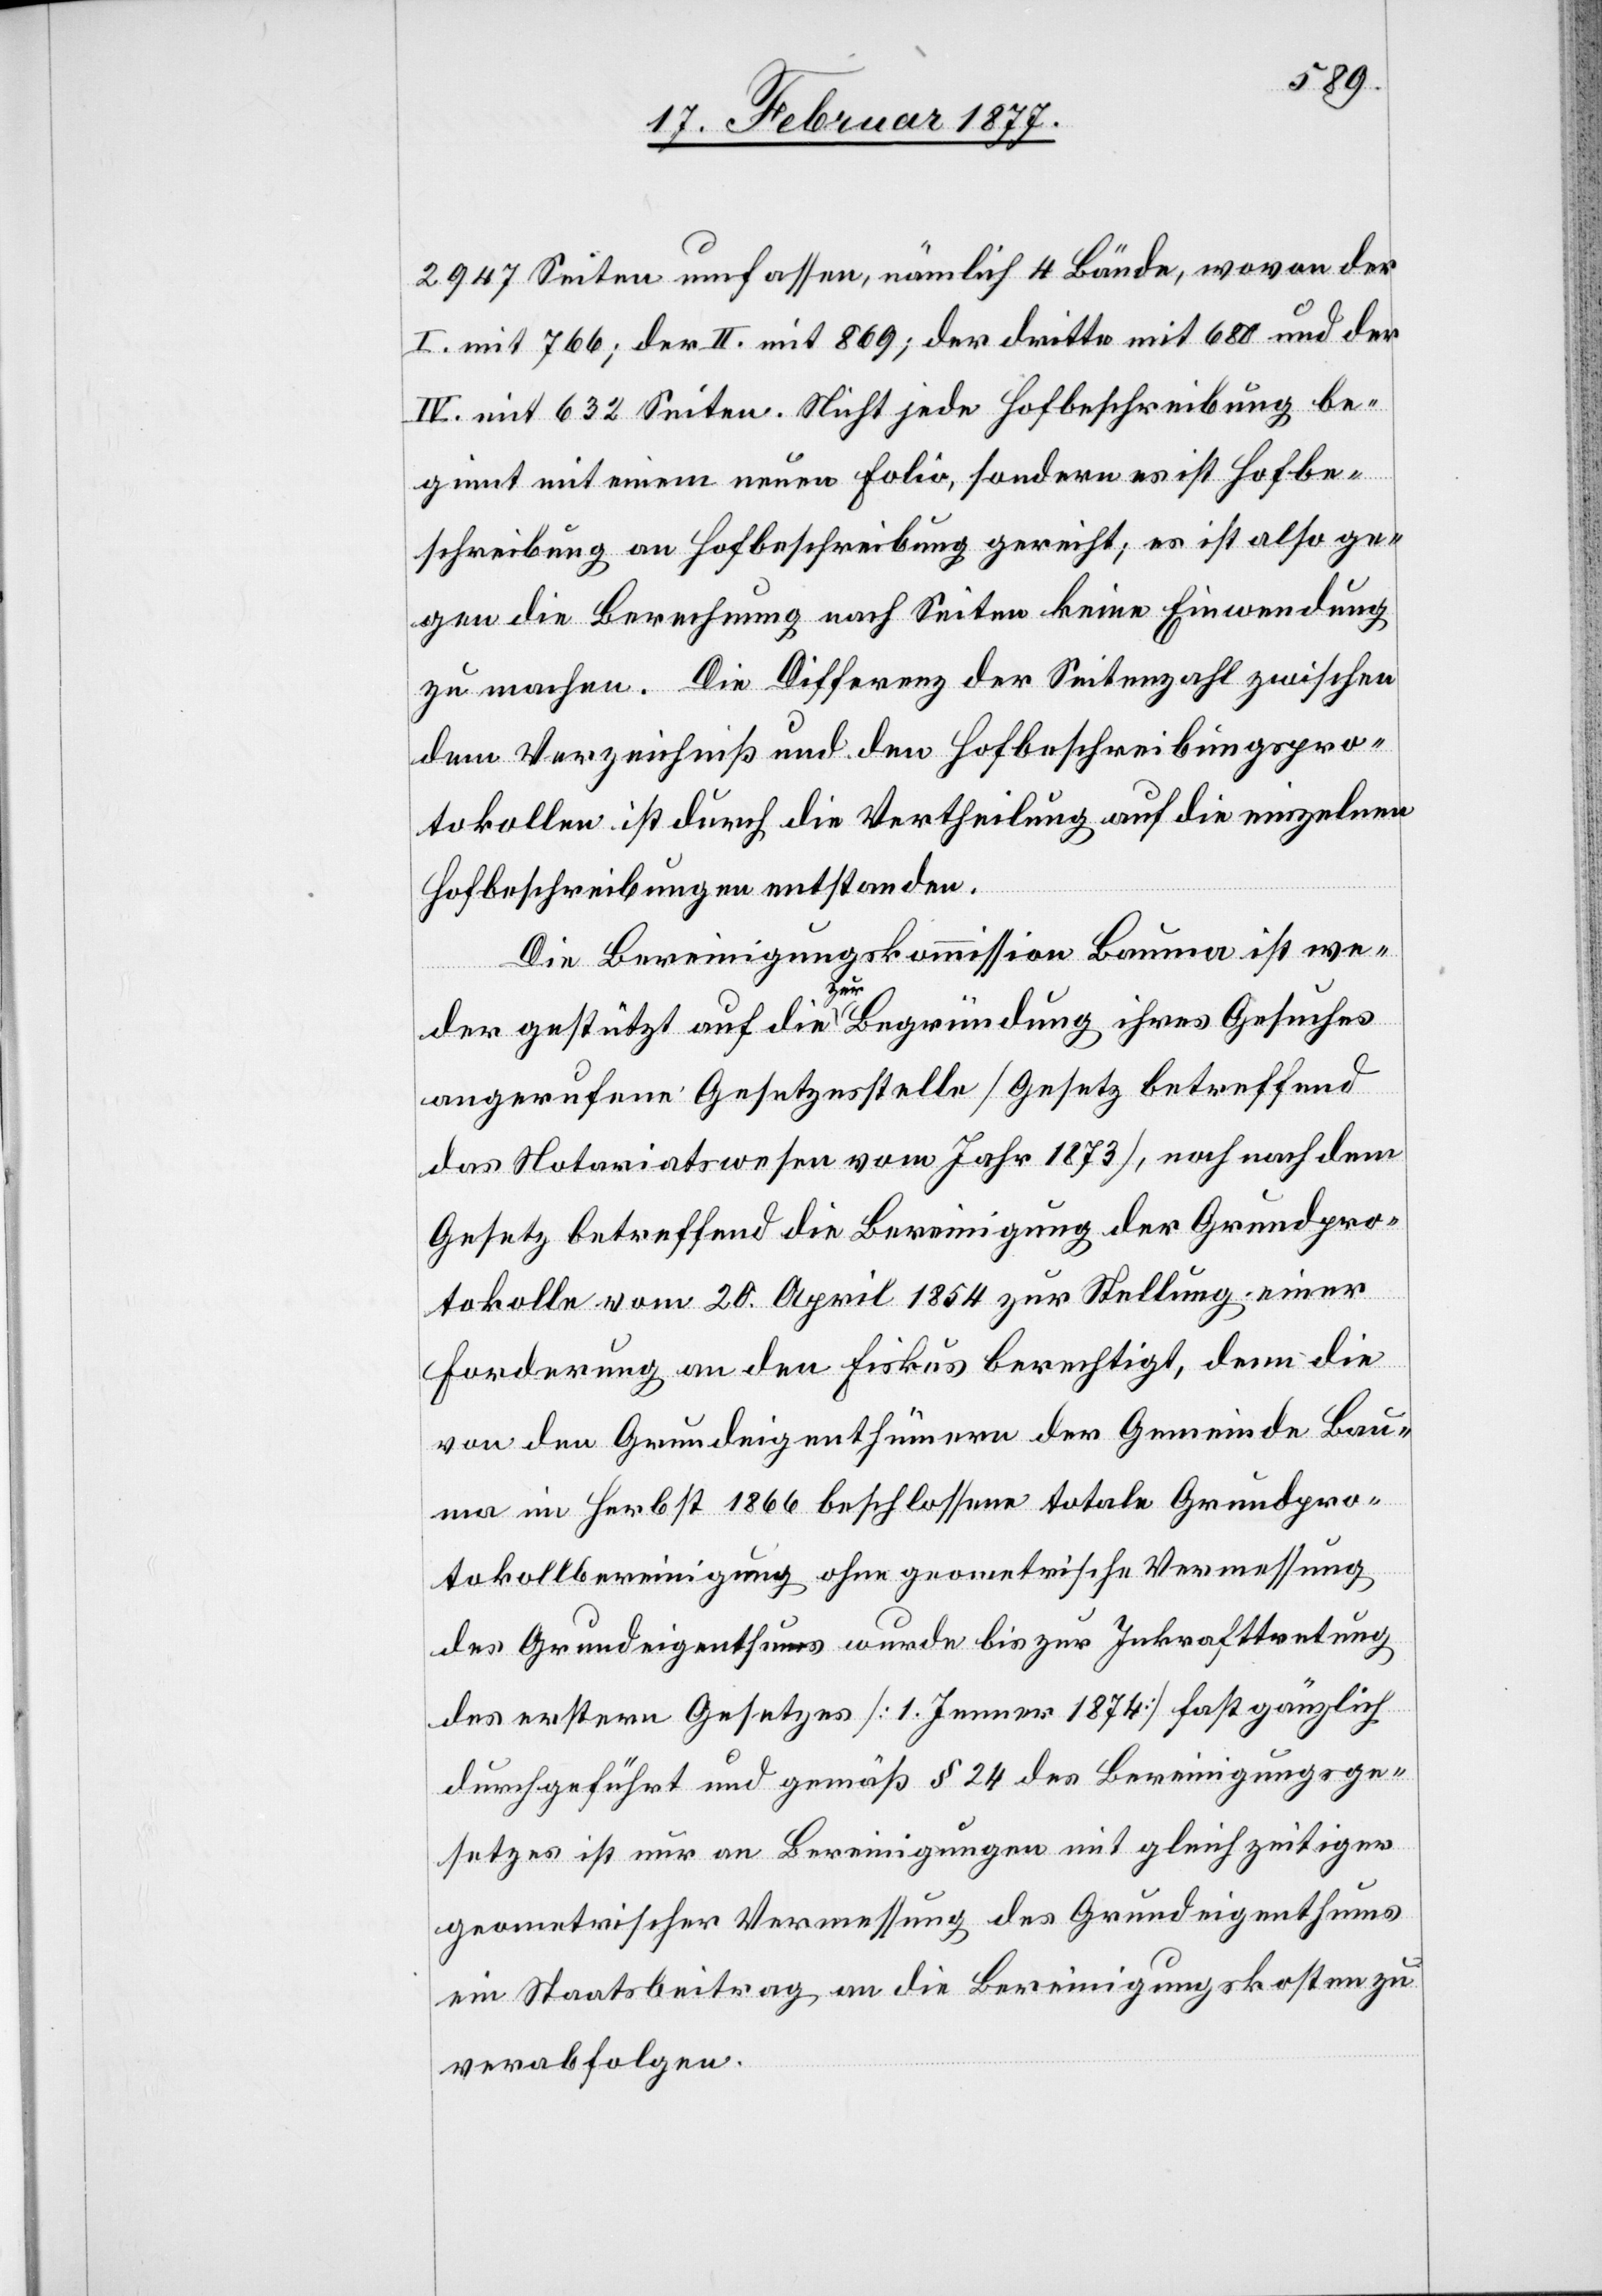
2947 Seiten umfassen, nämlich 4 Bände, wovon der
I. mit 766, der II. mit 869, der dritte mit 680 und der
IV. mit 632 Seiten. Nicht jede Hofbeschreibung be¬
ginnt mit einem neuen Folio, sondern es ist Hofbe¬
schreibung an Hofbeschreibung gereiht; es ist also ge¬
gen die Berechnung nach Seiten keine Einwendung
zu machen. Die Differenz der Seitenzahl zwischen
dem Verzeichniß und den Hofbeschreibungspro¬
tokollen ist durch die Vertheilung auf die einzelnen
Hofbeschreibungen entstanden.
Die Bereinigungskommission Bauma ist we¬
der gestützt auf die zur Begründung ihres Gesuches
angerufene Gesetzesstelle [Gesetz betreffend
das Notariatswesen vom Jahr 1873], noch nach dem
Gesetz betreffend die Bereinigung der Grundpro¬
tokolle vom 20. April 1854 zur Stellung einer
Forderung an den Fiskus berechtigt, denn die
von den Grundeigenthümern der Gemeinde Bau¬
ma im Herbst 1866 beschlossene totale Grundpro¬
tokollbereinigung ohne geometrische Vermessung
des Grundeigenthums wurde bis zur Inkrafttretung
des erstern Gesetzes [1. Jenner 1874] fast gänzlich
durchgeführt und gemäß § 24 des Bereinigungsge¬
setzes ist nur an Bereinigungen mit gleichzeitiger
geometrischen Vermessung des Grundeigenthums
ein Staatsbeitrag an die Bereinigungskosten zu
verabfolgen.